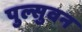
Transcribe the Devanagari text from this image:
पुल्सुवन